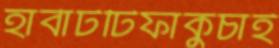
হার্বার্টটিফাকুচাই